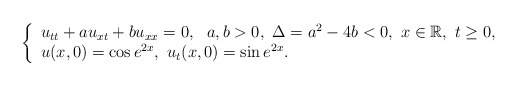
\begin{align*} \left\{ \begin{array}{ll} u_{tt}+au_{xt}+bu_{xx}=0,\ \ a,b>0,\ \Delta= a^{2}-4b<0,\ x\in \mathbb{R}, \ t\geq 0,\\ u(x,0)=\cos e^{2x},\ u_t(x,0)=\sin e^{2x}. \end{array} \right. \end{align*}